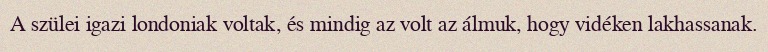
A szülei igazi londoniak voltak, és mindig az volt az álmuk, hogy vidéken lakhassanak.